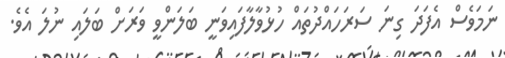
ނަމަވެސް އެފަދަ ގިނަ ސަރަހައްދުތައް ހުޅުވާލާފައިވަނީ ބަލަންވީ ވަރަށް ބަލައި ނުލަ އެވެ.